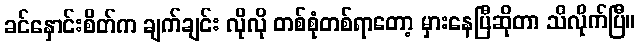
ခင်နှောင်းစိတ်က ချက်ချင်း လိုလို တစ်စုံတစ်ရာတော့ မှားနေပြီဆိုတာ သိလိုက်ပြီ။